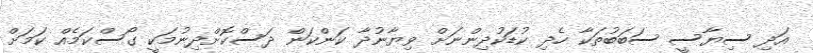
އަދި ސިޔާސީ ސަބަބުތަކާ ހެދި ކުޑަކުދިންނަށް ވިޔާނުދާ ކަންކަން ދަސްކޮށްދިނުމަކީ ގޯސްކަމެއް ކަމަށް